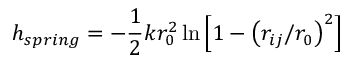
h _ { s p r i n g } = - \frac { 1 } { 2 } k r _ { 0 } ^ { 2 } \ln \left[ 1 - \left( r _ { i j } / r _ { 0 } \right) ^ { 2 } \right]